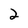
Character: 2